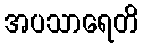
အပသာရေတိ